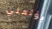
يؤلمني